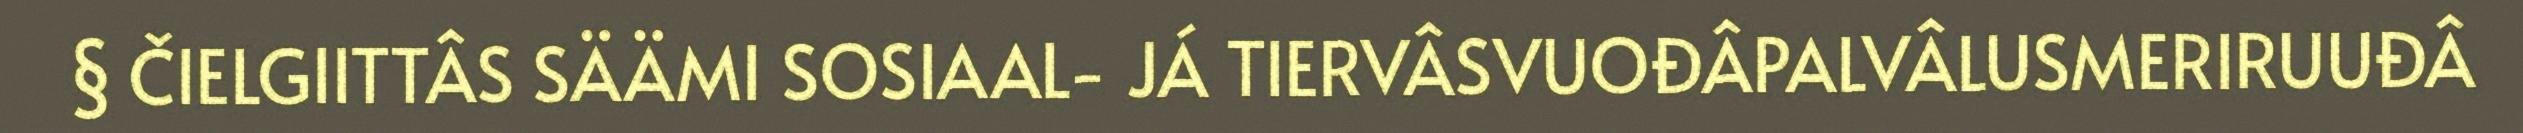
§ ČIELGIITTÂS SÄÄMI SOSIAAL- JÁ TIERVÂSVUOĐÂPALVÂLUSMERIRUUĐÂ